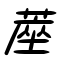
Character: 蓙